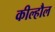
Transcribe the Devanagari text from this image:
कील्हौल